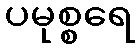
ပမုစ္စရေ